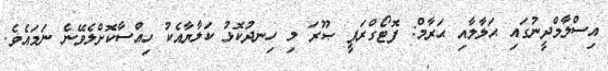
އިސްލާމްދީނުގައި ޙަލާލާއި ޙަރާމް: ފޮޓޯގްރަފީ ޞޫރަ މި ހިނދުކޮޅު ކަލާޔާއެކު ހިއްސާކޮށްލެވޭނެ ނަމައެވެ.